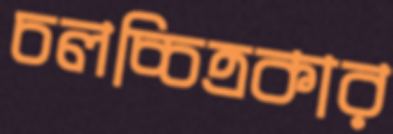
চলচ্চিত্রকার